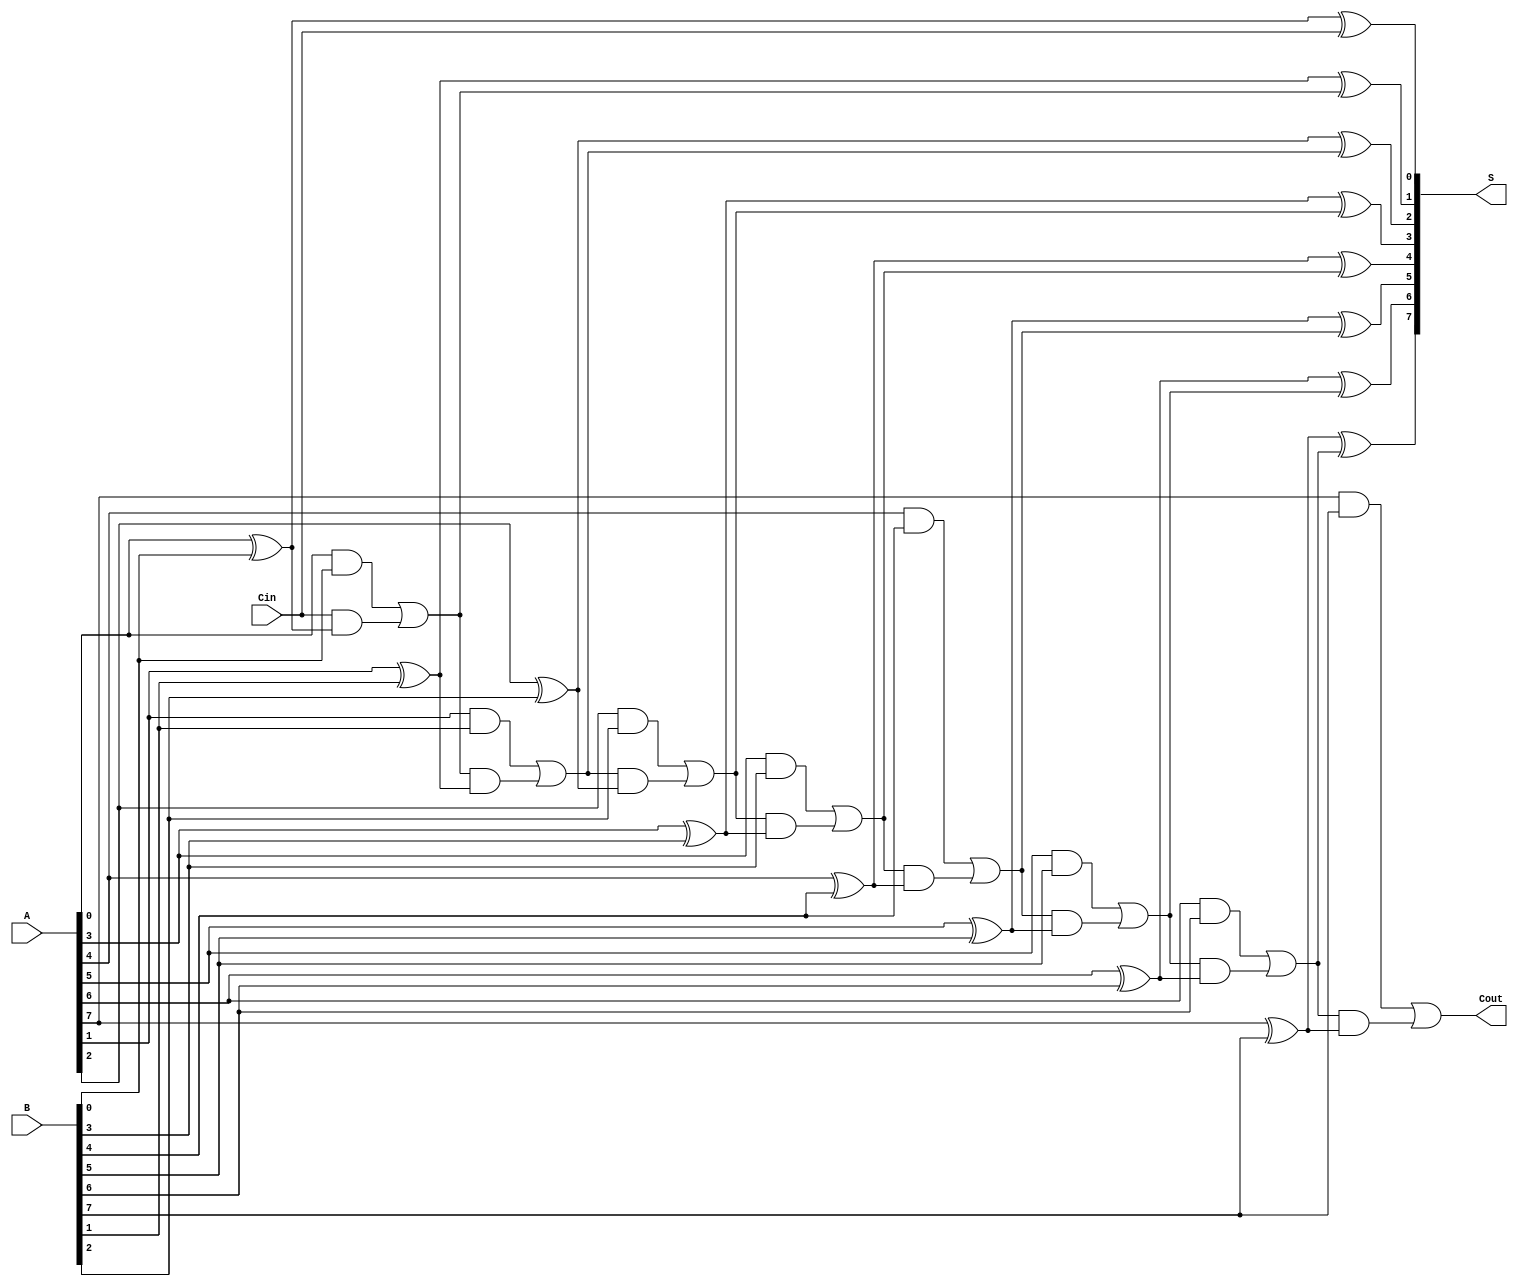
module PrecomputationCarryAdder #(
    parameter N = 8 // Number of bits
)(
    input  [N-1:0] A,       // First n-bit input
    input  [N-1:0] B,       // Second n-bit input
    input         Cin,       // Carry-in
    output [N-1:0] S,       // Sum output
    output        Cout       // Carry-out
);

    wire [N:0] C; // Carry signals (C[0] is the initial carry-in)
    
    assign C[0] = Cin; // Initial carry-in

    // Generate carries C[i] for i = 1 to N
    genvar i;
    generate
        for (i = 0; i < N; i = i + 1) begin: carry_generation
            assign C[i + 1] = (A[i] & B[i]) | (C[i] & (A[i] ^ B[i])); // Carry generation
        end
    endgenerate

    // Generate sum S[i] for i = 0 to N-1
    generate
        for (i = 0; i < N; i = i + 1) begin: sum_calculation
            assign S[i] = A[i] ^ B[i] ^ C[i]; // Sum calculation
        end
    endgenerate

    // Final carry-out
    assign Cout = C[N];

endmodule